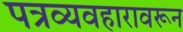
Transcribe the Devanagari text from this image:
पत्रव्यवहारावरून